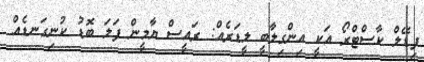
ފިޑޭލް ކާސްޓްރޯ އަކީ އިންގިލާބީ ލީޑަރެއް: ރައީސް ޔާމީން ފަލަ ބޮޑު ކުނިގަނޑެއް